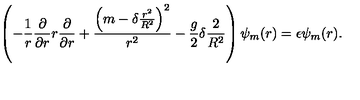
\left( - { \frac { 1 } { r } } { \frac { \partial } { \partial r } } r { \frac { \partial } { \partial r } } + { \frac { \left( m - \delta { \frac { r ^ { 2 } } { R ^ { 2 } } } \right) ^ { 2 } } { r ^ { 2 } } } - { \frac { g } { 2 } } \delta { \frac { 2 } { R ^ { 2 } } } \right) \psi _ { m } ( r ) = \epsilon \psi _ { m } ( r ) .